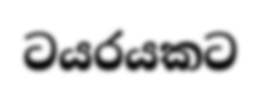
ටයරයකට